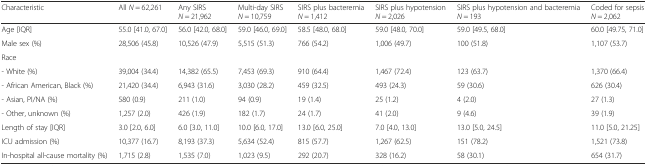
<table><thead><tr><td><b>Characteristic</b></td><td><b>All <i>N</i> = 62,261</b></td><td><b>Any SIRS <i>N</i> = 21,962</b></td><td><b>Multi-day SIRS <i>N</i> = 10,759</b></td><td><b>SIRS plus bacteremia <i>N</i> = 1,412</b></td><td><b>SIRS plus hypotension <i>N</i> = 2,026</b></td><td><b>SIRS plus hypotension and bacteremia <i>N</i> = 193</b></td><td><b>Coded for sepsis <i>N</i> = 2,062</b></td></tr></thead><tbody><tr><td>Age [IQR]</td><td>55.0 [41.0, 67.0]</td><td>56.0 [42.0, 68.0]</td><td>59.0 [46.0, 69.0]</td><td>58.5 [48.0, 68.0]</td><td>59.0 [48.0, 70.0]</td><td>59.0 [49.5, 68.0]</td><td>60.0 [49.75, 71.0]</td></tr><tr><td>Male sex (%)</td><td>28,506 (45.8)</td><td>10,526 (47.9)</td><td>5,515 (51.3)</td><td>766 (54.2)</td><td>1,006 (49.7)</td><td>100 (51.8)</td><td>1,107 (53.7)</td></tr><tr><td>Race</td><td></td><td></td><td></td><td></td><td></td><td></td><td></td></tr><tr><td>- White (%)</td><td>39,004 (34.4)</td><td>14,382 (65.5)</td><td>7,453 (69.3)</td><td>910 (64.4)</td><td>1,467 (72.4)</td><td>123 (63.7)</td><td>1,370 (66.4)</td></tr><tr><td>- African American, Black (%)</td><td>21,420 (34.4)</td><td>6,943 (31.6)</td><td>3,030 (28.2)</td><td>459 (32.5)</td><td>493 (24.3)</td><td>59 (30.6)</td><td>626 (30.4)</td></tr><tr><td>- Asian, PI/NA (%)</td><td>580 (0.9)</td><td>211 (1.0)</td><td>94 (0.9)</td><td>19 (1.4)</td><td>25 (1.2)</td><td>4 (2.0)</td><td>27 (1.3)</td></tr><tr><td>- Other, unknown (%)</td><td>1,257 (2.0)</td><td>426 (1.9)</td><td>182 (1.7)</td><td>24 (1.7)</td><td>41 (2.0)</td><td>9 (4.6)</td><td>39 (1.9)</td></tr><tr><td>Length of stay [IQR]</td><td>3.0 [2.0, 6.0]</td><td>6.0 [3.0, 11.0]</td><td>10.0 [6.0, 17.0]</td><td>13.0 [6.0, 25.0]</td><td>7.0 [4.0, 13.0]</td><td>13.0 [5.0, 24.5]</td><td>11.0 [5.0, 21.25]</td></tr><tr><td>ICU admission (%)</td><td>10,377 (16.7)</td><td>8,193 (37.3)</td><td>5,634 (52.4)</td><td>815 (57.7)</td><td>1,267 (62.5)</td><td>151 (78.2)</td><td>1,521 (73.8)</td></tr><tr><td>In-hospital all-cause mortality (%)</td><td>1,715 (2.8)</td><td>1,535 (7.0)</td><td>1,023 (9.5)</td><td>292 (20.7)</td><td>328 (16.2)</td><td>58 (30.1)</td><td>654 (31.7)</td></tr></tbody></table>